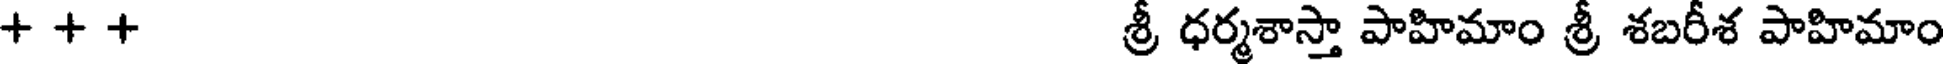
+ + + శ్రీ ధర్మశాస్తా పాహిమాం శ్రీ శబరీశ పాహిమాం